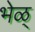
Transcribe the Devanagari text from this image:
भेळ्